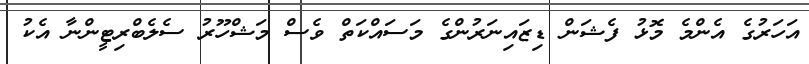
އަހަރުގެ އެންމެ މޮޅު ފެޝަން ޑިޒައިނަރުންގެ މަސައްކަތް ވެސް މަޝްހޫރު ސެލެބްރިޓީންނާ އެކު